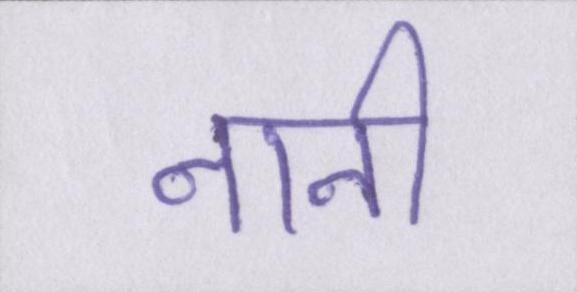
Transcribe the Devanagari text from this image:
नानी